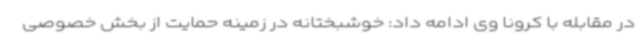
در مقابله با کرونا وی ادامه داد: خوشبختانه در زمینه حمایت از بخش خصوصی